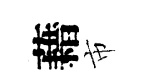
藉市